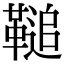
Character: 𩌝